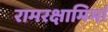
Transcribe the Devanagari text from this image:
रामरक्षामिमां